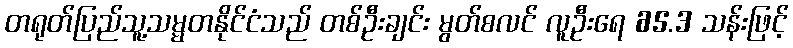
တရုတ်ပြည်သူ့သမ္မတနိုင်ငံသည် တစ်ဦးချင်း မွတ်စလင် လူဦးရေ 65.3 သန်းဖြင့်